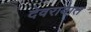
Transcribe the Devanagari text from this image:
देवरायात